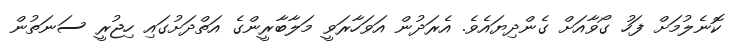
ކޮނެލުމަށް ފަހު ގޯވާއަށް ގެންދިޔައެވެ. އެރަދުން އަވަހާރަވީ މަލާބާރީންގެ އަތްދަށުގައި ހިޖުރީ ސަނަތުން